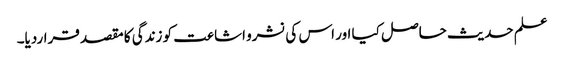
علم حدیث حاصل کیا اور اس کی نشرو اشاعت کو زندگی کا مقصد قراردیا۔